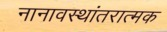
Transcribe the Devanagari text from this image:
नानावस्थांतरात्मक